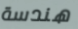
هندسة